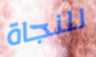
للنجاة